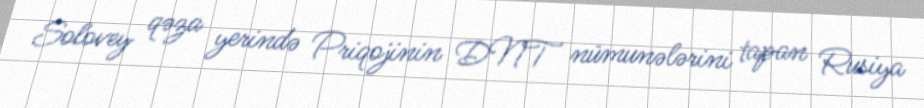
Solovey qəza yerində Priqojinin DNT nümunələrini tapan Rusiya